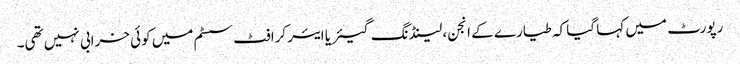
رپورٹ میں کہا گیا کہ طیارے کے انجن، لینڈنگ گیئر یا ایئر کرافٹ سسٹم میں کوئی خرابی نہیں تھی۔